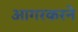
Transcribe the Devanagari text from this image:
आगरकरने